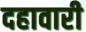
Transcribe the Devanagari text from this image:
दहावारी